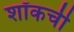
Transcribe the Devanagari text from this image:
शॉकची